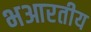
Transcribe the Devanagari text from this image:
भआरतीय